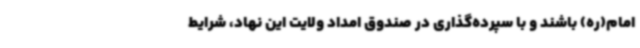
امام(ره) باشند و با سپرده‌گذاری در صندوق امداد ولایت این نهاد، شرایط